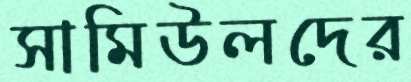
সামিউলদের